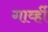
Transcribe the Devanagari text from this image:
गार्व्ही